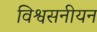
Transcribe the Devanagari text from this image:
विश्वसनीयन